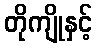
တိုကျိုနှင့်